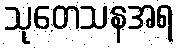
သုတေသနအရ